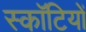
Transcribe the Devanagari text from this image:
स्कॉटियों